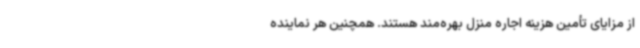
از مزایای تأمین هزینه اجاره منزل بهره‌مند هستند. همچنین هر نماینده